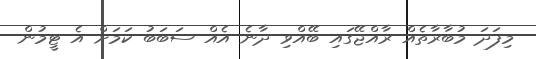
މިފަދަ މުބާރާތެއް ރާއްޖޭގައި ބޭއްވި ދާނެ އެއް ސަބަބު ކަމަށް އެ ޓީމުން